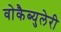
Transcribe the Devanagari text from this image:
वोकैब्युलेरी